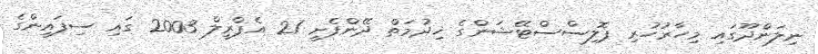
ނިލަންދޫގައި މިހާރުހުރި ޕޮލިސްސްޓޭޝަންގެ ޚިދުމަތް ދޭންފެށީ 21 އެޕްރީލް 2003 ގައި ސިފައިންގެ